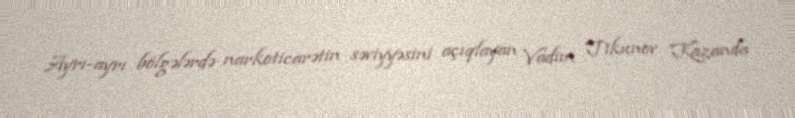
Ayrı-ayrı bölgələrdə narkoticarətin səviyyəsini açıqlayan Vadim Tikunov Kazanda